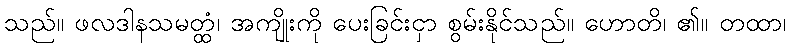
သည်။ ဖလဒါနသမတ္ထံ၊ အကျိုးကို ပေးခြင်းငှာ စွမ်းနိုင်သည်။ ဟောတိ၊ ၏။ တထာ၊